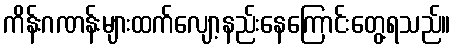
ကိန်းဂဏန်းများထက်လျော့နည်းနေကြောင်းတွေ့ရသည်။